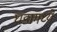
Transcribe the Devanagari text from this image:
घडामध्ये